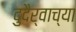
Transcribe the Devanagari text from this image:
दुदैर्वाच्या